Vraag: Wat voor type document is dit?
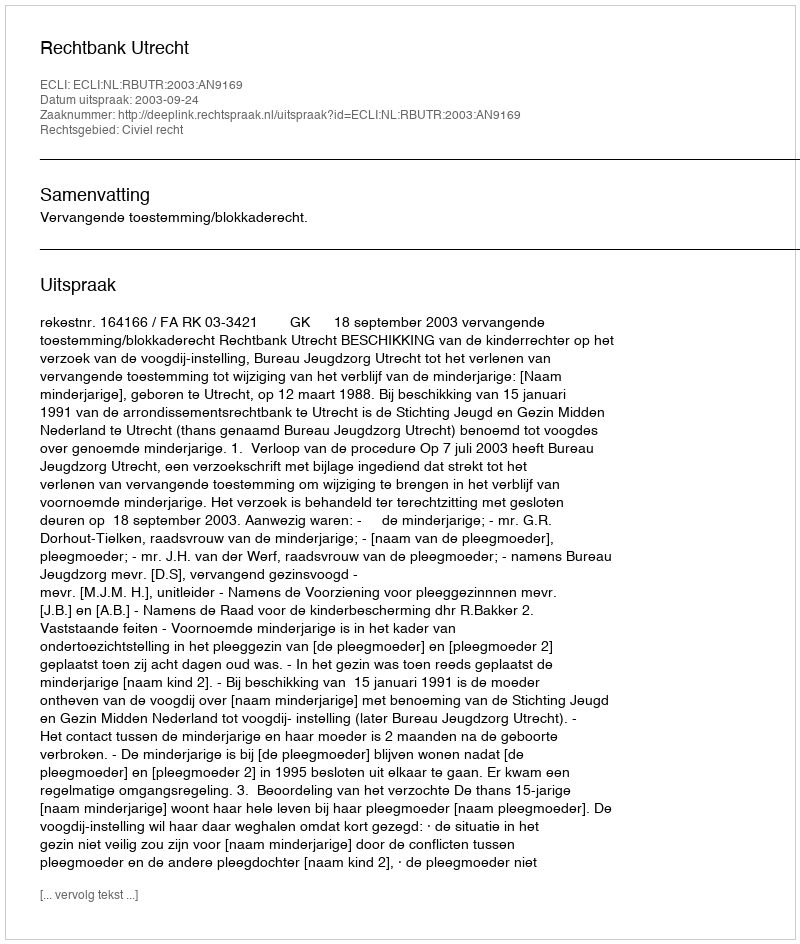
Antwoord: Uitspraak